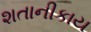
શતાનીકાય